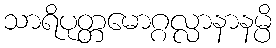
သာရိပုတ္တမောဂ္ဂလ္လာနာနမ္ပိ